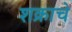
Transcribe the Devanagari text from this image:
शक्राचे